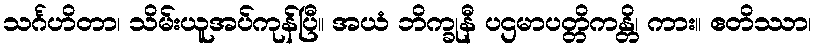
သင်္ဂဟိတာ၊ သိမ်းယူအပ်ကုန်ပြီ။ အယံ ဘိက္ခုနီ ပဌမာပတ္တိကန္တိ၊ ကား။ ဧတိဿာ၊